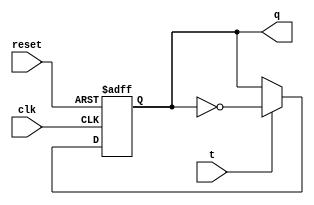
//to T flip-flop
module T_FF (q, t, clk, reset);
	output q;
	input t, clk, reset;
	reg q;

	always @ (posedge reset or negedge clk)
	 if (reset)
	    #1 q <= 1'b0;
	 else if (t == 1) 
	    #2 q <= ~q;
endmodule

//4bit RippleCounter
module RippleCounter(q,clk,reset);
	output [3:0] q;
	input clk,reset;
	wire t_start,Q0,Q1,Q2,Q3;
	buf(t_start,1'b1);
	T_FF t_ff0(q[0],t_start,clk,reset);
	T_FF t_ff1(q[1],t_start,q[0],reset);
	T_FF t_ff2(q[2],t_start,q[1],reset);
	T_FF t_ff3(q[3],t_start,q[2],reset);
endmodule

//4bit RippleCounter - TestBench
module TestBenchRippleCounter;
	reg clk,reset;
	wire [3:0] q;
	RippleCounter rc0(q,clk,reset);
	initial begin
		clk<=1'b0;
		#19 reset<=1'b1;
		#20 reset<=~reset;
	end
	always
		#10 clk <= ~clk;
endmodule

//4bit Synchronous Counter
module SynchronousCounter(q,clk,reset);
	output [3:0] q;
	input clk,reset;
	wire t2,t3;
	T_FF t_ff0(q[0],1'b1,clk,reset);
	T_FF t_ff1(q[1],q[0],clk,reset);
	and(t2,q[0],q[1]);
	T_FF t_ff2(q[2],t2,clk,reset);
	and(t3,t2,q[2]);
	T_FF t_ff3(q[3],t3,clk,reset);
endmodule

//4bit SynchronousCounter - TestBench
module TestBenchSynchronousCounter;
	reg clk,reset;
	wire [3:0] q;
	SynchronousCounter sc0(q,clk,reset);
	initial begin
		clk<=1'b0;
		#19 reset<=1'b1;
		#20 reset<=~reset;
	end
	always
	    #10 clk<=~clk;
endmodule